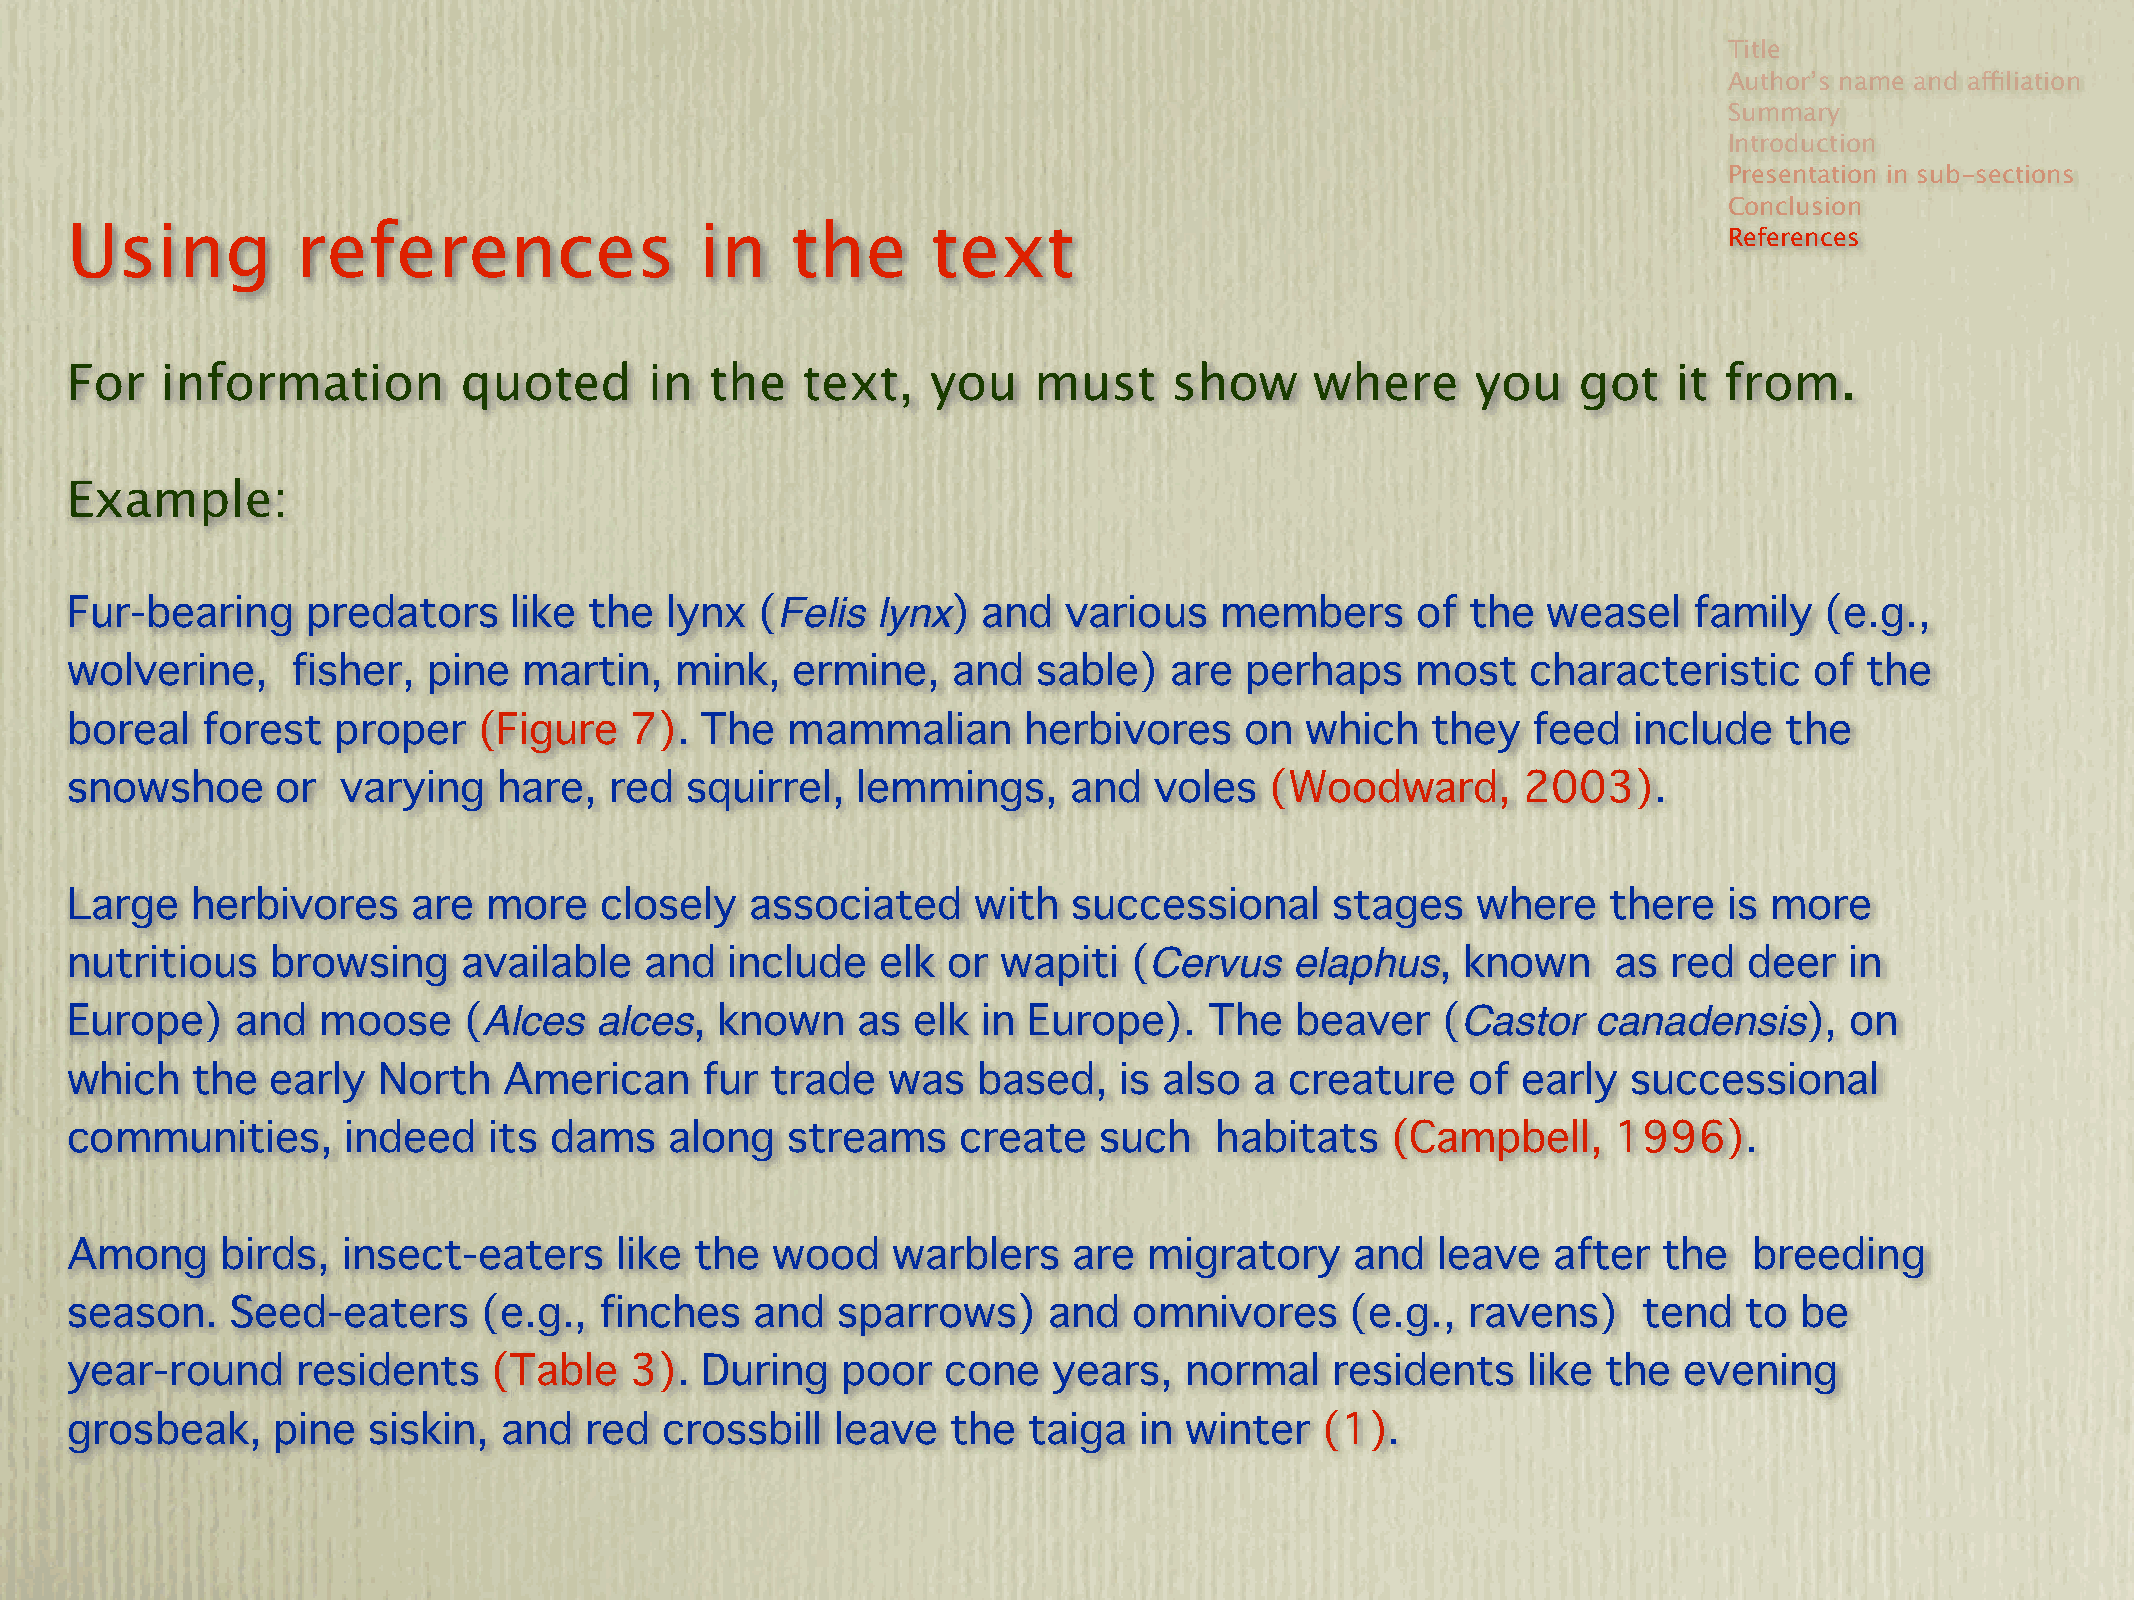
Title
 Author’s name and affiliation
 Summary
 Introduction
 Presentation in sub-sections
 Conclusion
 Using           references                in    the       text
 References
 For    information        quoted       in  the   text,    you   must      show     where      you   got    it from.
 Example:
 Fur-bearing     predators     like the  lynx  (Felis  lynx)  and  various    members      of the  weasel    family   (e.g.,
 wolverine,     fisher,  pine   martin,   mink,  ermine,    and   sable)  are  perhaps     most   characteristic     of  the
 boreal   forest   proper    (Figure   7). The   mammalian       herbivores    on  which    they  feed   include   the
 snowshoe      or   varying   hare,  red  squirrel,   lemmings,     and  voles   (Woodward,       2003).
 Large    herbivores    are  more    closely   associated    with   successional     stages    where   there   is more
 nutritious    browsing     available   and  include   elk  or wapiti   (Cervus    elaphus,   known     as  red  deer  in
 Europe)     and  moose     (Alces  alces,  known     as elk  in Europe).    The   beaver   (Castor    canadensis),    on
 which    the  early  North   American     fur  trade   was   based,   is also  a creature    of  early  successional
 communities,       indeed   its dams    along   streams     create   such   habitats    (Campbell,     1996).
 Among      birds,  insect-eaters     like the  wood    warblers    are  migratory     and  leave   after  the   breeding
 season.    Seed-eaters      (e.g.,  finches   and  sparrows)     and   omnivores     (e.g.,  ravens)     tend  to  be
 year-round      residents    (Table   3). During    poor   cone   years,  normal    residents    like the  evening
 grosbeak,     pine  siskin,  and   red  crossbill  leave   the  taiga  in winter    (1).